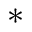
*